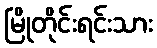
မြိုတိုင်းရင်းသား